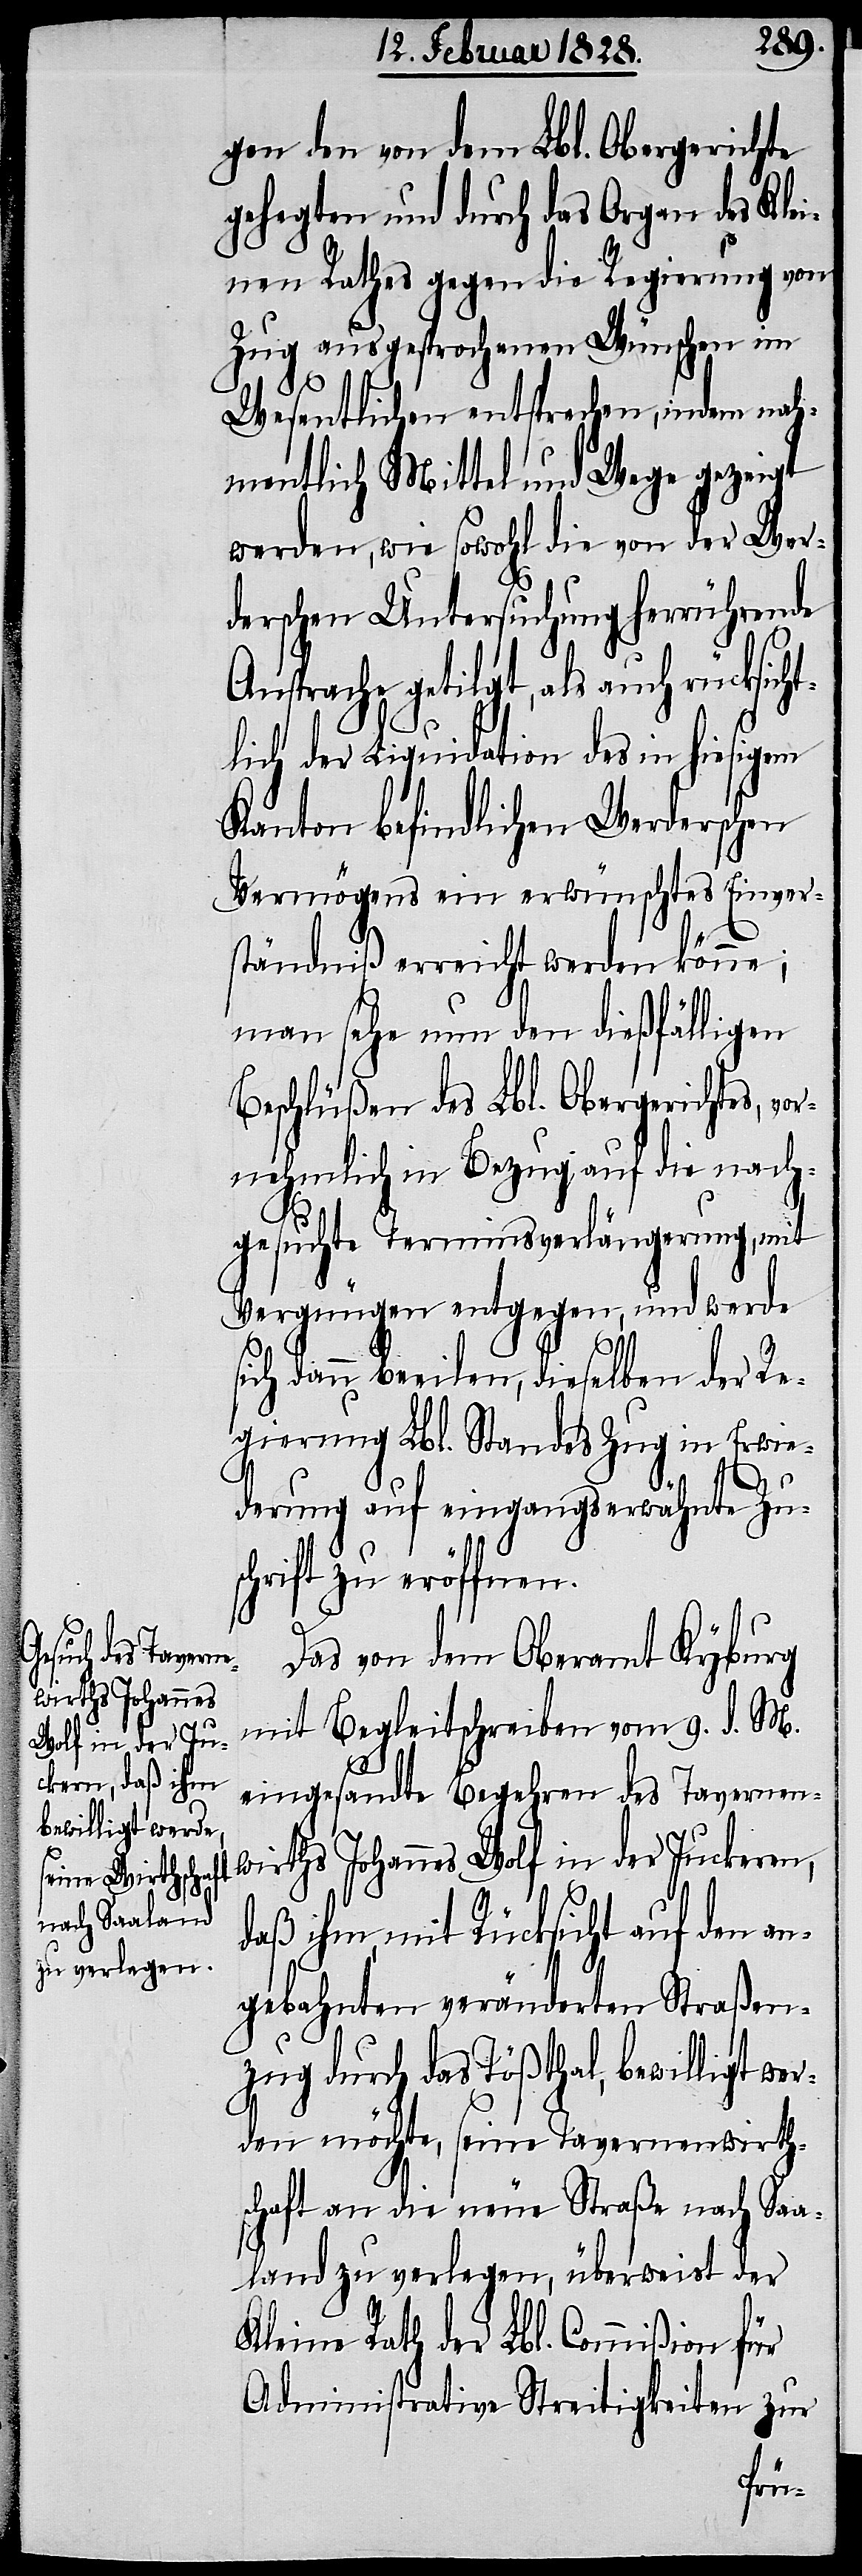
gen den von dem Lbl. Obergerichte
gelegten und durch das Organ des Klei¬
nen Rathes gegen die Regierung von
Zug ausgesprochenen Wünschen im
Wesentlichen entsprechen, indem nah¬
mentlich Mittel und Wege gezeigt
werden, wie sowohl die von der Wer¬
derschen Untersuchung herrührende
Ansprache getilgt, als auch rücksich¬
tlich der Liquidation des in hiesigem
Kanton befindlichen Werderschen
Vermögens ein erwünschtes Einver¬
ständniß erreicht werden könne;
man sehe nun den dießfälligen
Beschlüßen des Lbl. Obergerichtes, vo¬
rnehmlich in Bezug auf die nach¬
gesuchte Terminsverlängerung, mit
Vergnügen entgegen, und werde
sich dann beeilen, dieselben der Re¬
gierung Lbl. Standes Zug in Erwie¬
derung auf eingangserwähnte Zus¬
chrift zu eröffnen.
Das von dem Oberamt Kyburg
mit Begleitschreiben vom 9. d. M.
eingesandte Begehren des Tavernen¬
wirths Johannes Wolf in der Juckeren,
daß ihm, mit Rücksicht auf den an¬
gebahnten veränderten Straßen¬
zug durch das Tößthal, bewilligt wer¬
den möchte, seine Tavernenwirt¬
schaft an die neue Straße nach Saa¬
land zu verlegen, überweist der
Kleine Rath der Lbl. Commißion für
Administrative Streitigkeiten zur